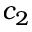
c _ { 2 }